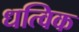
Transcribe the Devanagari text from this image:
धत्विक